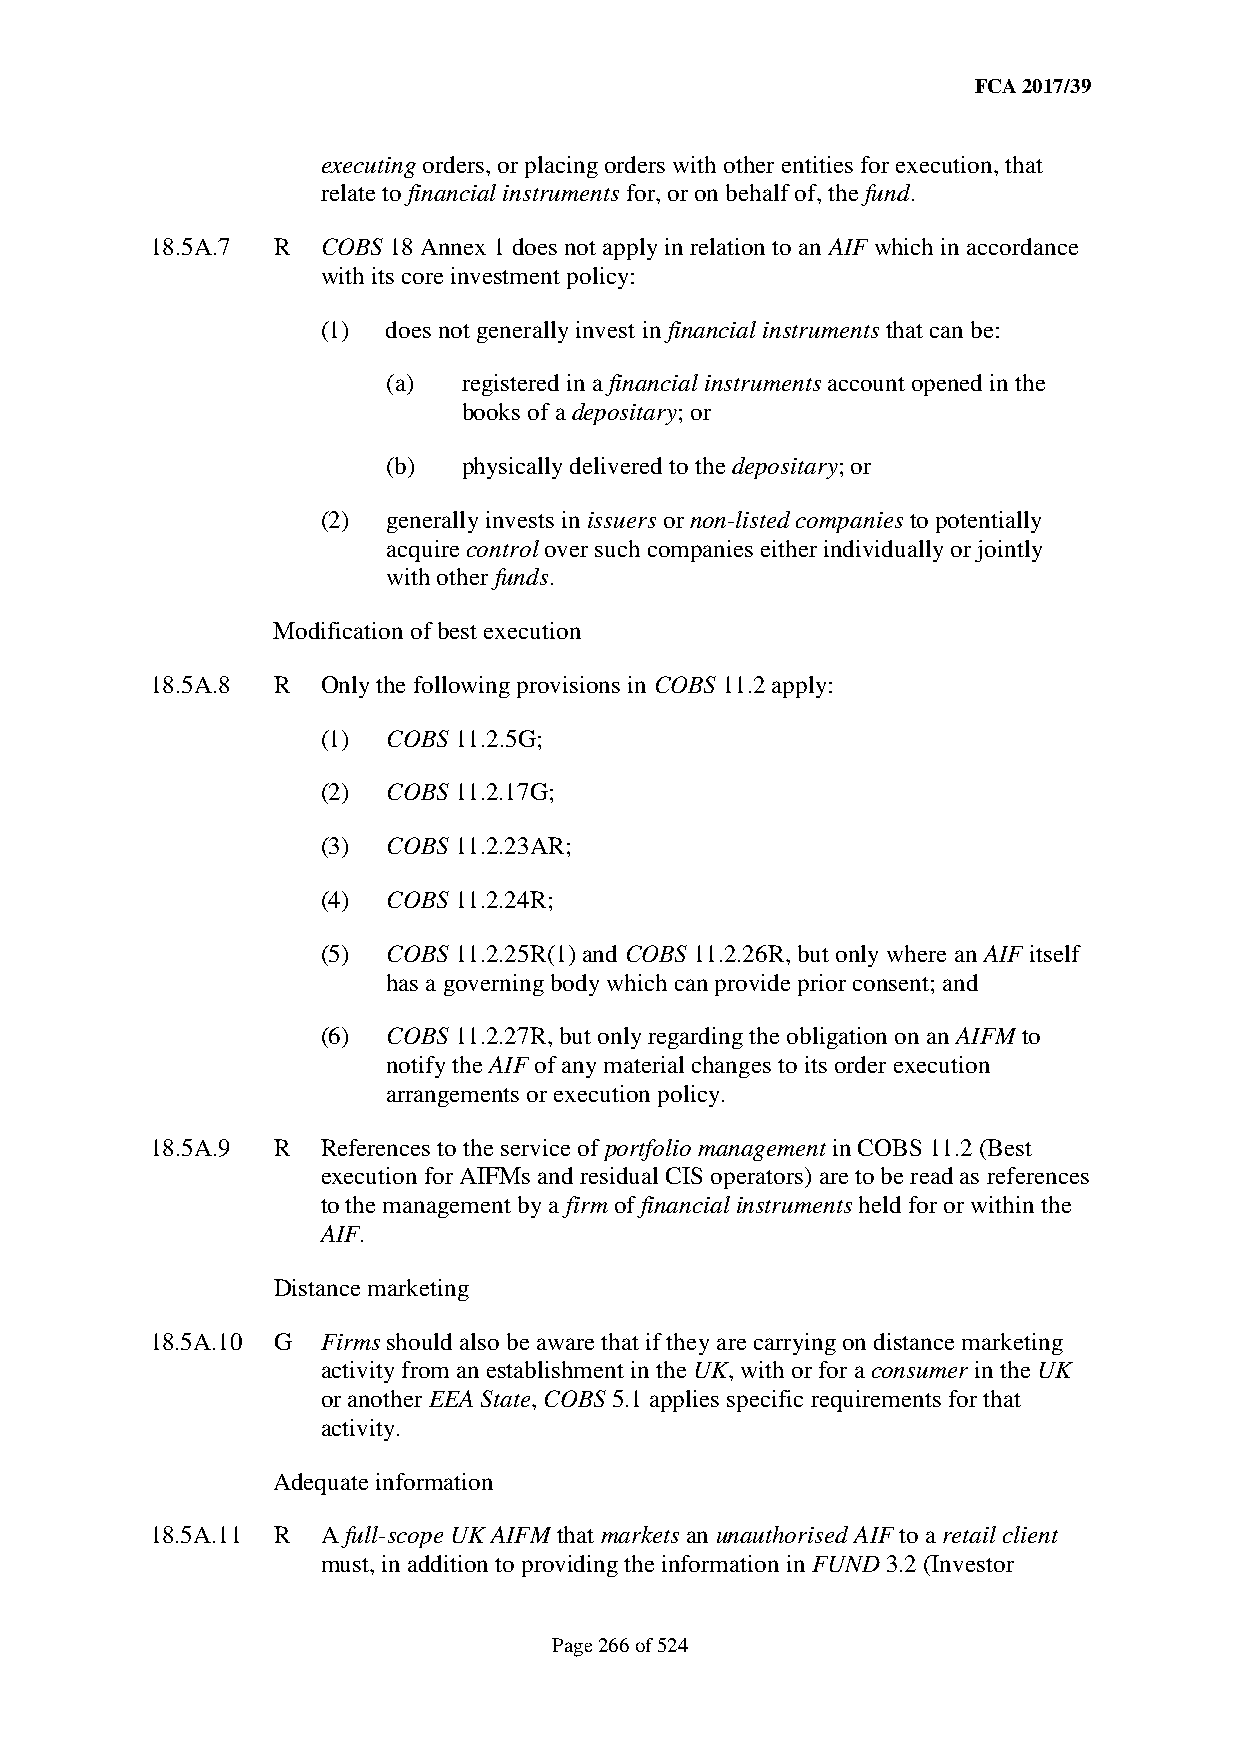
FCA 2017/39
 executing orders, or placing orders with other entities for execution, that
 relate to financial instruments for, or on behalf of, the fund.
 18.5A.7 R  COBS 18 Annex 1 does not apply in relation to an AIF which in accordance
 with its core investment policy:
 (1)  does not generally invest in financial instruments that can be:
 (a)  registered in a financial instruments account opened in the
 books of a depositary; or
 (b)  physically delivered to the depositary; or
 (2)  generally invests in issuers or non-listed companies to potentially
 acquire control over such companies either individually or jointly
 with other funds.
 Modification of best execution
 18.5A.8 R  Only the following provisions in COBS 11.2 apply:
 (1)  COBS 11.2.5G;
 (2)  COBS 11.2.17G;
 (3)  COBS 11.2.23AR;
 (4)  COBS 11.2.24R;
 (5)  COBS 11.2.25R(1) and COBS 11.2.26R, but only where an AIF itself
 has a governing body which can provide prior consent; and
 (6)  COBS 11.2.27R, but only regarding the obligation on an AIFM to
 notify the AIF of any material changes to its order execution
 arrangements or execution policy.
 18.5A.9 R  References to the service of portfolio management in COBS 11.2 (Best
 execution for AIFMs and residual CIS operators) are to be read as references
 to the management by a firm of financial instruments held for or within the
 AIF.
 Distance marketing
 18.5A.10 G Firms should also be aware that if they are carrying on distance marketing
 activity from an establishment in the UK, with or for a consumer in the UK
 or another EEA State, COBS 5.1 applies specific requirements for that
 activity.
 Adequate information
 18.5A.11 R A full-scope UK AIFM that markets an unauthorised AIF to a retail client
 must, in addition to providing the information in FUND 3.2 (Investor
 Page 266 of 524